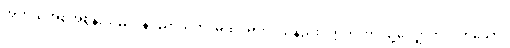
အဘယ်အစအစွန်းသည်။ နပညာယတိ၊ မထင်ရှားပါသနည်း။ ဣတိ၊ ဤသို့လျှောက်လတ်သော်။